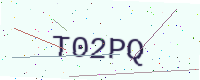
Text: T02PQ